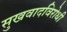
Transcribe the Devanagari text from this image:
सुखवादविरोधी